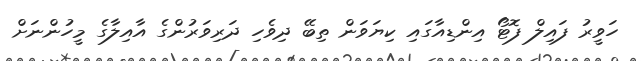
ހަވީރު ފައިލް ފޮޓޯ އިންޑިއާގައި ކިޔަވަން ތިބޭ ދިވެހި ދަރިވަރުންގެ އާއިލާގެ މީހުންނަށް